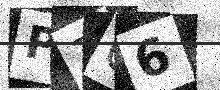
Text: P7C6